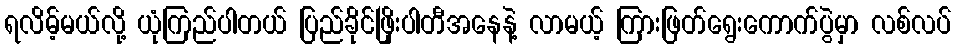
ရလိမ့်မယ်လို့ ယုံကြည်ပါတယ် ပြည်ခိုင်ဖြိုးပါတီအနေနဲ့ လာမယ့် ကြားဖြတ်ရွေးကောက်ပွဲမှာ လစ်လပ်